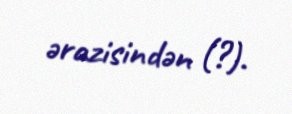
ərazisindən (?).